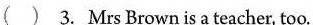
( ) 3. Mrs Brown is a teacher, too.